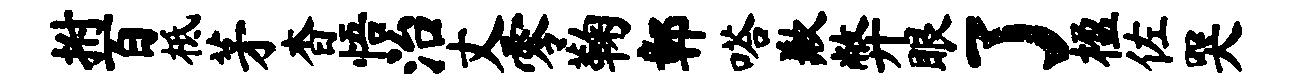
拊百柢茅杳悟治丈零鞠鄣嗒歉弊眼了楹佐哭